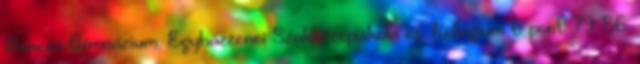
Bencés Gimnázium, Egyházzenei Szakközépiskola és Kollégium 6 pont; 79–86.